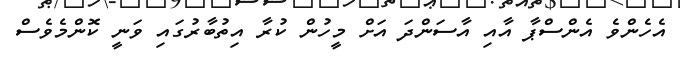
އެހެންވެ އެންސްޕާ އާއި އާސަންދަ އަށް މީހުން ކުރާ އިތުބާރުގައި ވަނީ ކޮންމެވެސް